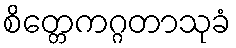
စိတ္တေကဂ္ဂတာသုခံ